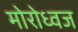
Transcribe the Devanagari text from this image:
मोरोध्‍वज